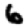
Digit: 6